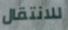
للانتقال